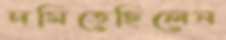
দমিতেছিলেন